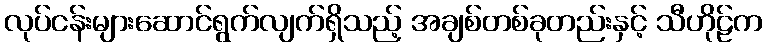
လုပ်ငန်းများဆောင်ရွက်လျက်ရှိသည့် အချစ်တစ်ခုတည်းနှင့် သီဟိုဠ်က